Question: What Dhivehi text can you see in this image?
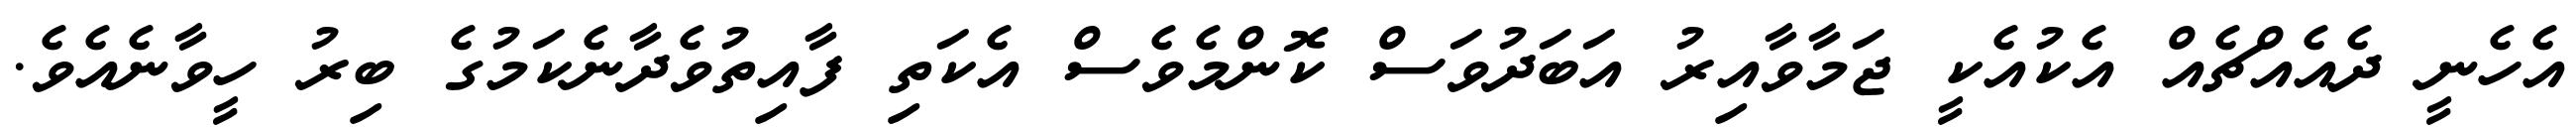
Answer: އެހެނީ ދެއެއްޗެއް އެކުއެކީ ޖަމާވާއިރު އަބަދުވަސް ކޮންމެވެސް އެކަތި ފާއިތުވެދާނެކަމުގެ ބިރު ހީވާނެއެވެ.